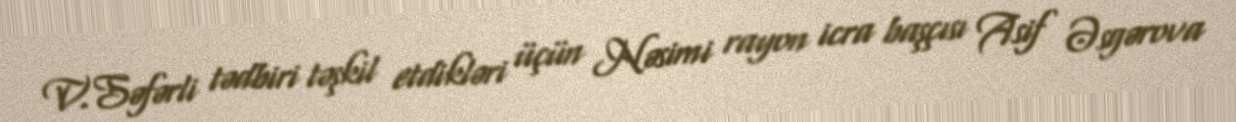
V.Səfərli tədbiri təşkil etdikləri üçün Nəsimi rayon icra başçısı Asif Əsgərova